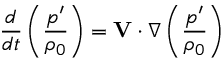
\frac { d } { d t } \left( \frac { p ^ { \prime } } { \rho _ { 0 } } \right) = \mathbf { V } \cdot \nabla \left( \frac { p ^ { \prime } } { \rho _ { 0 } } \right)